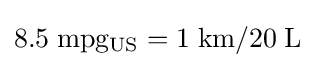
{\rm {8.5\;mpg_{US}=1\;km/20\;L}}